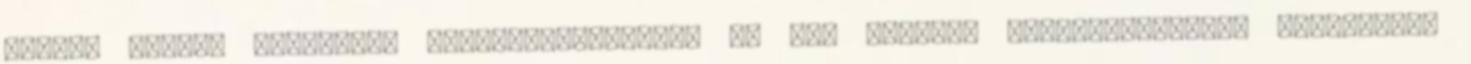
lefejt tejjel pohárból, szemcseppentővel, ha már szopik, szop-tanít-tal. Hipotóniás